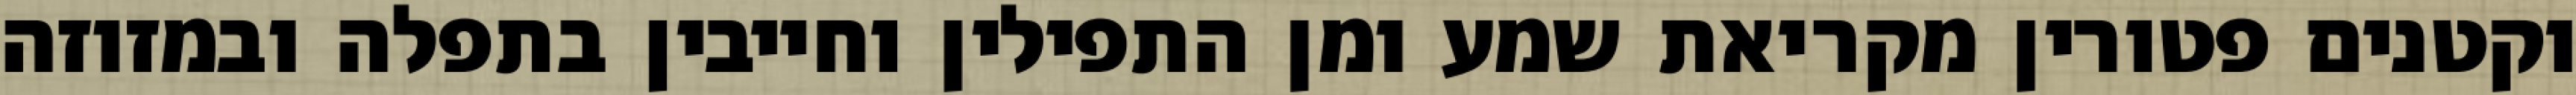
וקטנים פטורין מקריאת שמע ומן התפילין וחייבין בתפלה ובמזוזה